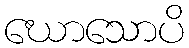
ဃောသောပိ